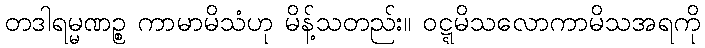
တဒါရမ္မဏဉ္စ ကာမာမိသံဟု မိန့်သတည်း။ ဝဋ္ဋမိသလောကာမိသအရကို